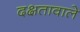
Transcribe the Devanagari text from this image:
दक्षतावाले